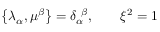
\left\{ \lambda _ { \alpha } , \mu ^ { \beta } \right\} = \delta _ { \alpha } ^ { \ \beta } , \qquad \xi ^ { 2 } = 1